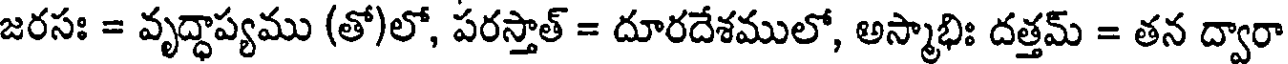
జరసః = వృద్ధాప్యము (తో)లో, పరస్తాత్ = దూరదేశములో, అస్మాభిః దత్తమ్ = తన ద్వారా